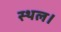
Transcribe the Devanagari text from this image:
स्‍थल।